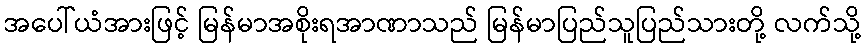
အပေါ်ယံအားဖြင့် မြန်မာအစိုးရအာဏာသည် မြန်မာပြည်သူပြည်သားတို့ လက်သို့